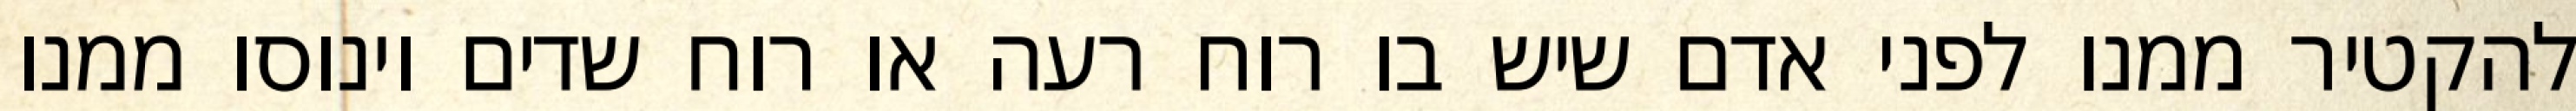
להקטיר ממנו לפני אדם שיש בו רוח רעה או רוח שדים וינוסו ממנו